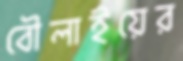
বৌলাইয়ের